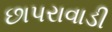
છાપરાવાડી